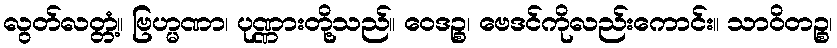
လွတ်လတ္တံ့။ ဗြဟ္မဏာ၊ ပုဏ္ဏားတို့သည်။ ဝေဒဉ္စ၊ ဗေဒင်ကိုလည်းကောင်း။ သာဝိတဉ္စ၊